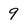
Character: 9